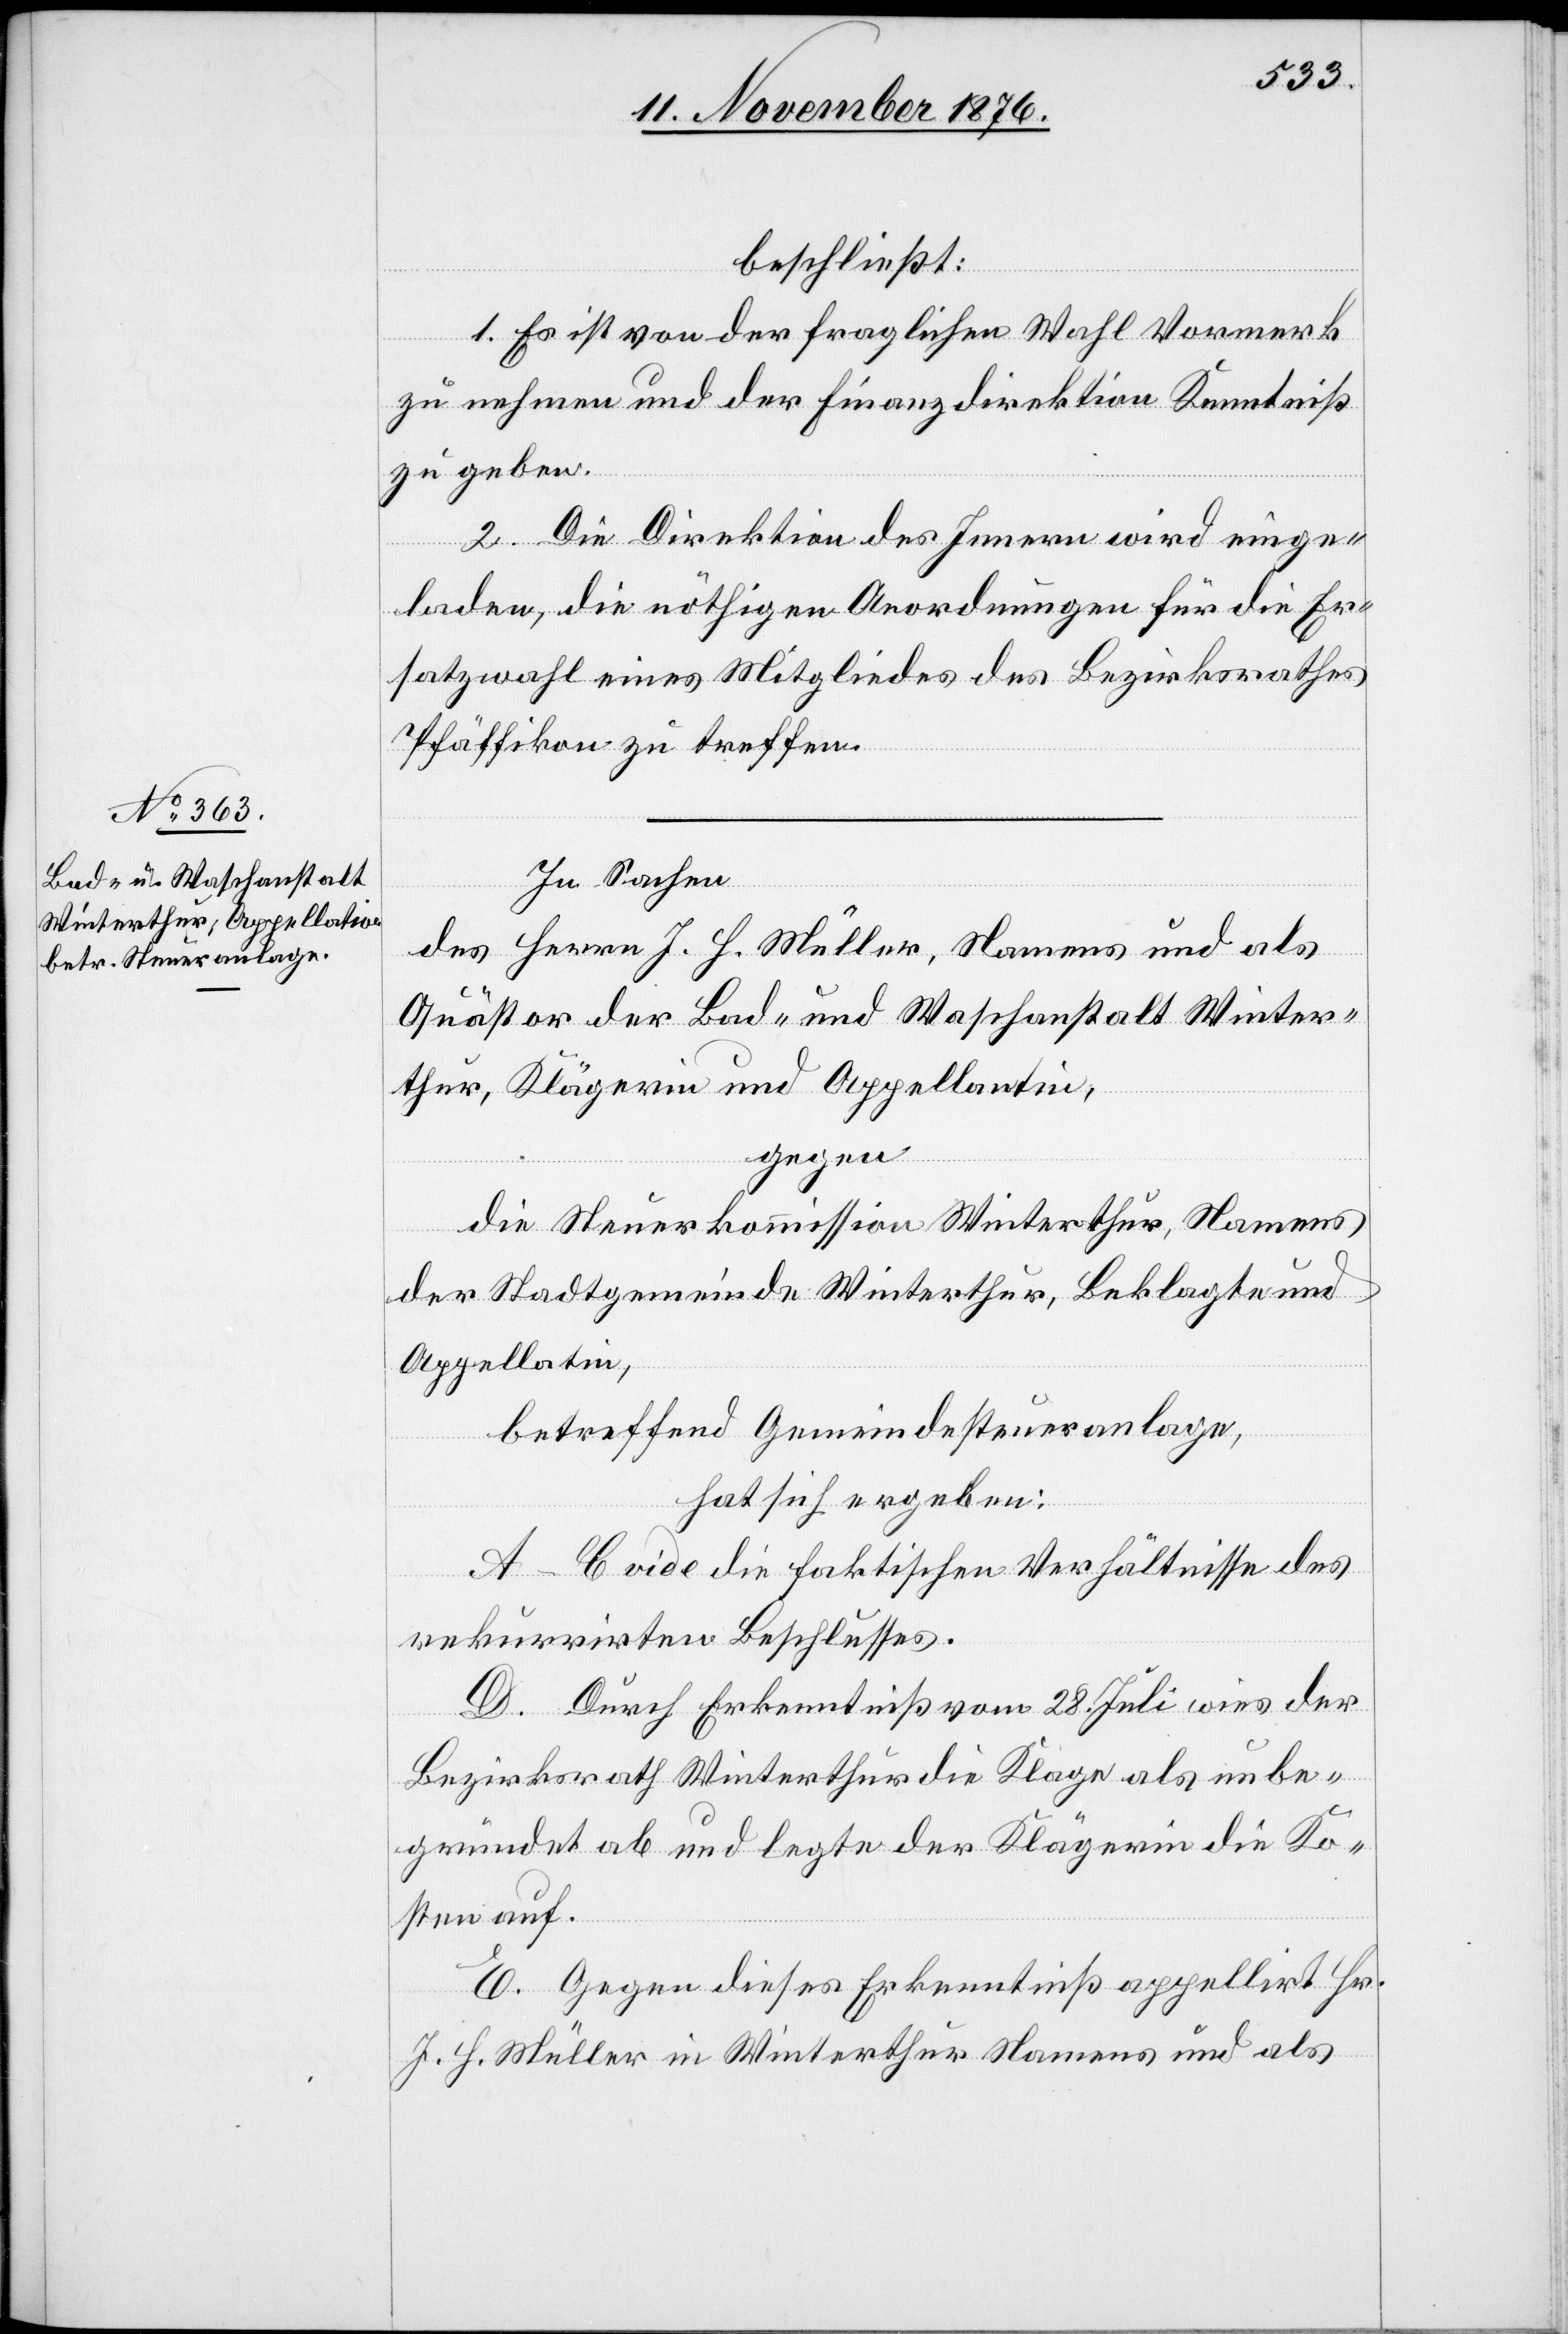
beschließt:
1. Es ist von der fraglichen Wahl Vormerk
zu nehmen und der Finanzdirektion Kenntniß
zu geben.
2. Die Direktion des Innern wird einge¬
laden, die nöthigen Anordnungen für die Er¬
satzwahl eines Mitgliedes des Bezirksrathes
Pfäffikon zu treffen.
In Sachen
des Herrn J. H. Müller, Namens und als
Quästor der Bad- und Waschanstalt Winter¬
thur, Klägerin und Appellantin,
gegen
die Steuerkommission Winterthur, Namens
der Stadtgemeinde Winterthur, Beklagte und
Appellatin,
hat sich ergeben:
A–C vide die faktischen Verhältnisse des
rekurrirten Beschlusses.
D. Durch Erkenntniß vom 28. Juli wies der
Bezirksrath Winterthur die Klage als unbe¬
gründet ab und legte der Klägerin die Ko¬
sten auf.
E: Gegen dieses Erkenntniß appellirt Hr.
J. H. Müller in Winterthur Namens und als